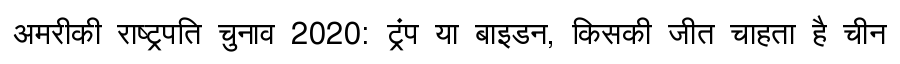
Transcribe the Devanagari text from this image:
अमरीकी राष्ट्रपति चुनाव 2020: ट्रंप या बाइडन, किसकी जीत चाहता है चीन